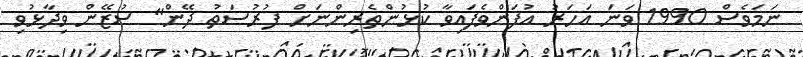
ނަމަވެސް 1990 ވަނަ އަހަރު އުފަންވެފައިވާ ކުޅުންތެރިންނަށް ފުރުސަތު ދޭން" ސުޒޭން ވިދާޅުވި